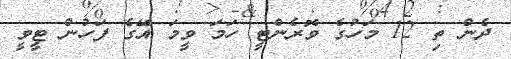
ދެން ތި 12 މަަހުގެ ވޮރެންޓީ ހަމަ ވީމަ އޭގެ ފަހުން ޓީވީ